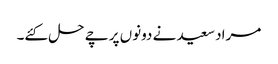
مراد سعید نے دونوں پرچے حل کئے۔